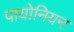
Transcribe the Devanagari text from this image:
पायोनियन